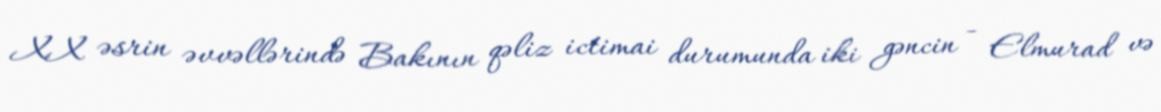
XX əsrin əvvəllərində Bakının qəliz ictimai durumunda iki gəncin - Elmurad və